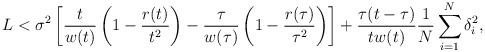
LaTeX: \begin{align*}L<\sigma^2\left[\frac{t}{w(t)}\left(1-\frac{r(t)}{t^2}\right)-\frac{\tau}{w(\tau)}\left(1-\frac{r(\tau)}{\tau^2}\right)\right]+\frac{\tau(t-\tau)}{tw(t)}\frac{1}{N}\sum_{i=1}^N\delta_i^2,\end{align*}